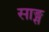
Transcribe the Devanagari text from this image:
साङ्स